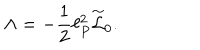
\Lambda = - { \frac { 1 } { 2 } } \ell _ { P } ^ { 2 } \stackrel { \sim } { \cal L } _ { 0 } .